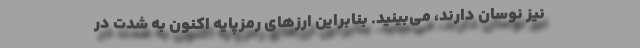
نیز نوسان دارند، می‌بینید. بنابراین ارزهای رمزپایه اکنون به شدت در